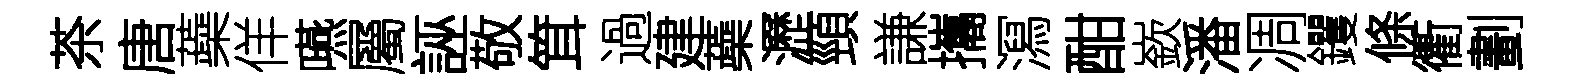
茶唐蘃佯嚥屬誣敬䇯過建蘃瀝頸謙攜㵼酣嶔潘凋钁條衢劃